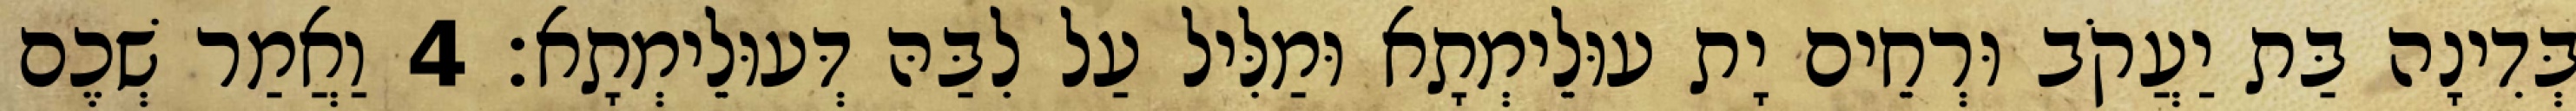
בְּדִינָה בַּת יַעֲקֹב וּרְחֵים יָת עוּלֵימְתָא וּמַלִּיל עַל לִבַּהּ דְּעוּלֵימְתָא׃ 4 וַאֲמַר שְׁכֶם